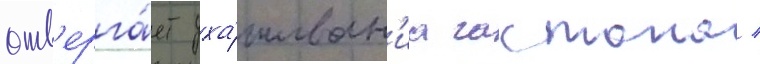
отв'ерга́ет уха́живан'иа гастона /